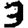
Digit: 3